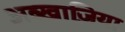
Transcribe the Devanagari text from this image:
अब्ख़ाज़िया